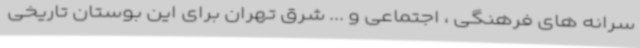
سرانه های فرهنگی ، اجتماعی و ... شرق تهران برای این بوستان تاریخی